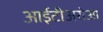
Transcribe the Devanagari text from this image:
आईटीअरोआ